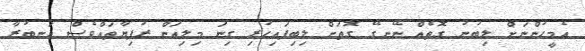
އެމީހުންނަށް ލިބުނު ގޮތެއް ނޭނގޭ ގޮތަށް ލިބިފައިހުރި ގިނަ މިލިއަން ރުފިޔާތައްވެސް އަނބުރާ